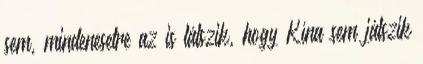
sem, mindenesetre az is látszik, hogy Kína sem játszik